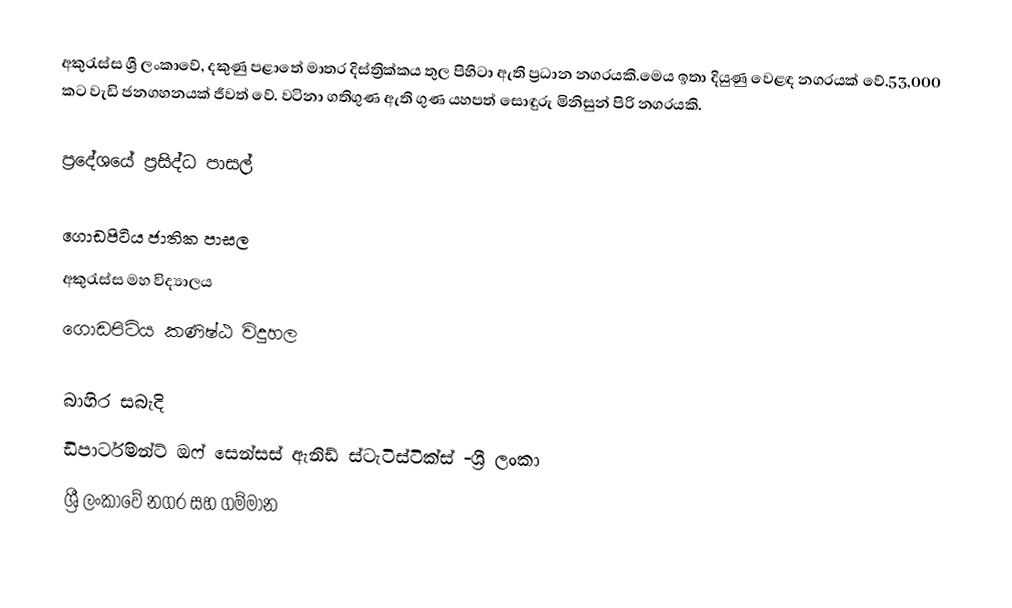
අකුරැස්ස ශ්‍රී ලංකාවේ, දකුණු පළාතේ මාතර දිස්ත්‍රික්කය තුල පිහිටා ඇති ප්‍රධාන නගරයකි.මෙය ඉතා දියුණු වෙළඳ නගරයක් වේ.53,000 කට වැඩි ජනගහනයක් ජීවත් වේ. වටිනා ගතිගුණ ඇති ගුණ යහපත් සොඳුරු මිනිසුන් පිරි නගරයකි.

ප්‍රදේශයේ ප්‍රසිද්ධ පාසල්

 ගොඩපිටිය ජාතික පාසල
 අකුරැස්ස මහ විද්‍යාලය
 ගොඩපිටිය කණිෂ්ඨ විදුහල

බාහිර සබැදි
ඩිපාර්ටිමන්ට් ඔෆ් සෙන්සස් ඇනිඩ් ස්ටැටිස්ටික්ස් -ශ්‍රී ලංකා
ශ්‍රී ලංකාවේ නගර සහ ගම්මාන